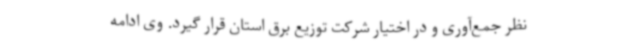
نظر جمع‌آوری و در اختیار شرکت توزیع برق استان قرار گیرد. وی ادامه